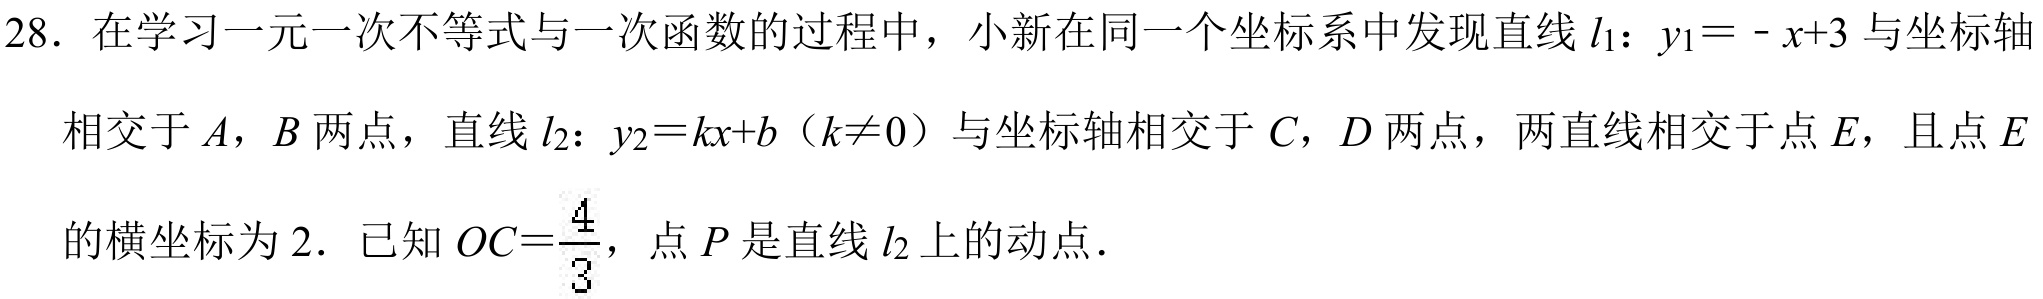
28. 在学习一元一次不等式与一次函数的过程中，小新在同一个坐标系中发现直线\(l_{1}\)：\(y_{1}=-x + 3\)与坐标轴相交于\(A\)，\(B\)两点，直线\(l_{2}\)：\(y_{2}=kx + b\)（\(k\neq0\)）与坐标轴相交于\(C\)，\(D\)两点，两直线相交于点\(E\)，且点\(E\)的横坐标为\(2\). 已知\(OC = \frac{4}{3}\)，点\(P\)是直线\(l_{2}\)上的动点.